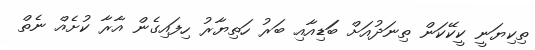
ތިކިޔަނީ ކީކޭކަން ތިނަދުއަށް ބަަޑިއާއި ބަރު ހަތިޔާރު ހިފައިގެން އާރާ ކުށެއް ނެތް